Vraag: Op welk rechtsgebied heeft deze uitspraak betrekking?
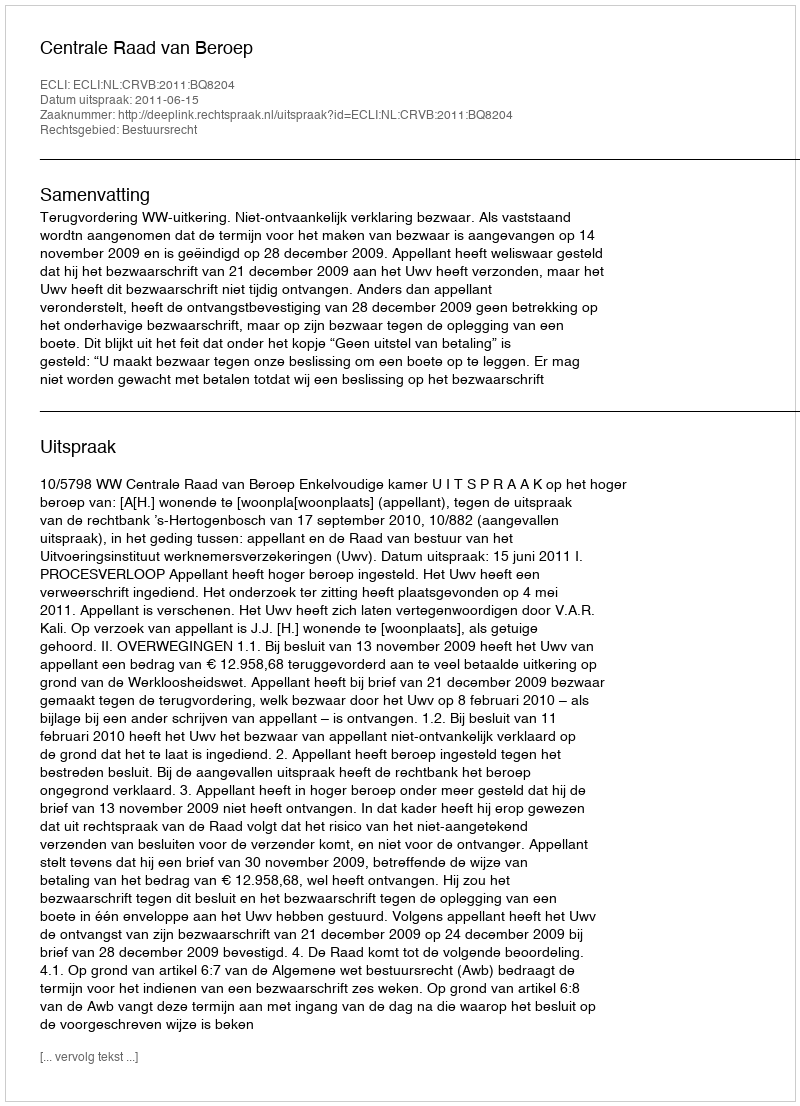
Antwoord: Bestuursrecht